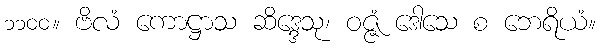
၁၁၀၀။ ဗိလံ ကောဋ္ဌာသ ဆိဒ္ဒေသု၊ ဝဇ္ဇံ ဒေါသေ စ ဘေရိယံ။